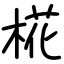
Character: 椛